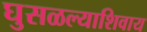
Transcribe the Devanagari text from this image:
घुसळल्याशिवाय